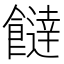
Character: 𩞱